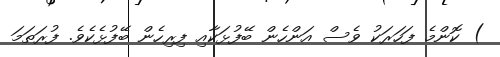
) ކޮންމެ ފަހަރަކު ވެސް އަންހެން ބޭފުޅަކާއި ފިރިހެން ބޭފުޅެކެވެ. ފުރަތަމަ